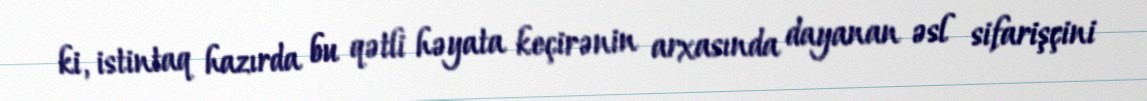
ki, istintaq hazırda bu qətli həyata keçirənin arxasında dayanan əsl sifarişçini